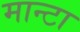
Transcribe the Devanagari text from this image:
मान्टा